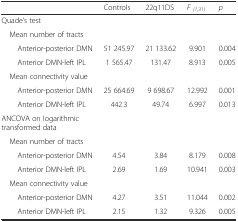
<table><thead><tr><td></td><td><b>Controls</b></td><td><b>22q11DS</b></td><td><b><i>F</i><sub><i>(1,31)</i></sub></b></td><td><b><i>p</i></b></td></tr></thead><tbody><tr><td>Quade’s test</td><td></td><td></td><td></td><td></td></tr><tr><td> Mean number of tracts</td><td></td><td></td><td></td><td></td></tr><tr><td>Anterior-posterior DMN</td><td>51 245.97</td><td>21 133.62</td><td>9.901</td><td>0.004</td></tr><tr><td>Anterior DMN-left IPL</td><td>1 565.47</td><td>131.47</td><td>8.913</td><td>0.005</td></tr><tr><td> Mean connectivity value</td><td></td><td></td><td></td><td></td></tr><tr><td>Anterior-posterior DMN</td><td>25 664.69</td><td>9 698.67</td><td>12.992</td><td>0.001</td></tr><tr><td>Anterior DMN-left IPL</td><td>442.3</td><td>49.74</td><td>6.997</td><td>0.013</td></tr><tr><td>ANCOVA on logarithmic transformed data</td><td></td><td></td><td></td><td></td></tr><tr><td> Mean number of tracts</td><td></td><td></td><td></td><td></td></tr><tr><td>Anterior-posterior DMN</td><td>4.54</td><td>3.84</td><td>8.179</td><td>0.008</td></tr><tr><td>Anterior DMN-left IPL</td><td>2.69</td><td>1.69</td><td>10.941</td><td>0.003</td></tr><tr><td> Mean connectivity value</td><td></td><td></td><td></td><td></td></tr><tr><td>Anterior-posterior DMN</td><td>4.27</td><td>3.51</td><td>11.044</td><td>0.002</td></tr><tr><td>Anterior DMN-left IPL</td><td>2.15</td><td>1.32</td><td>9.326</td><td>0.005</td></tr></tbody></table>